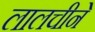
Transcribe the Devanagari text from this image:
लालचीने